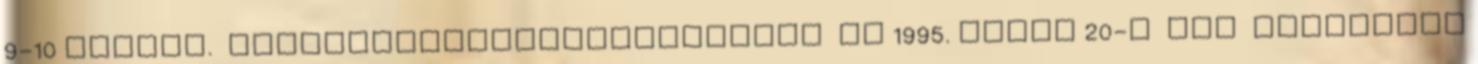
9-10 sztlan. Ezerkilencszázkilencvenöt Az 1995. május 20-i EME közgyűlés